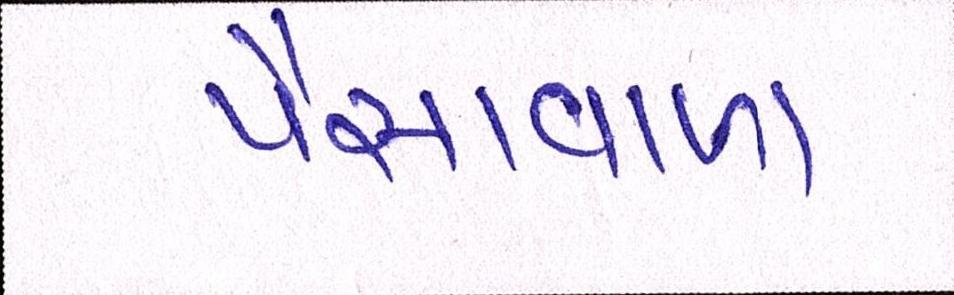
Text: પૈસાવાળા